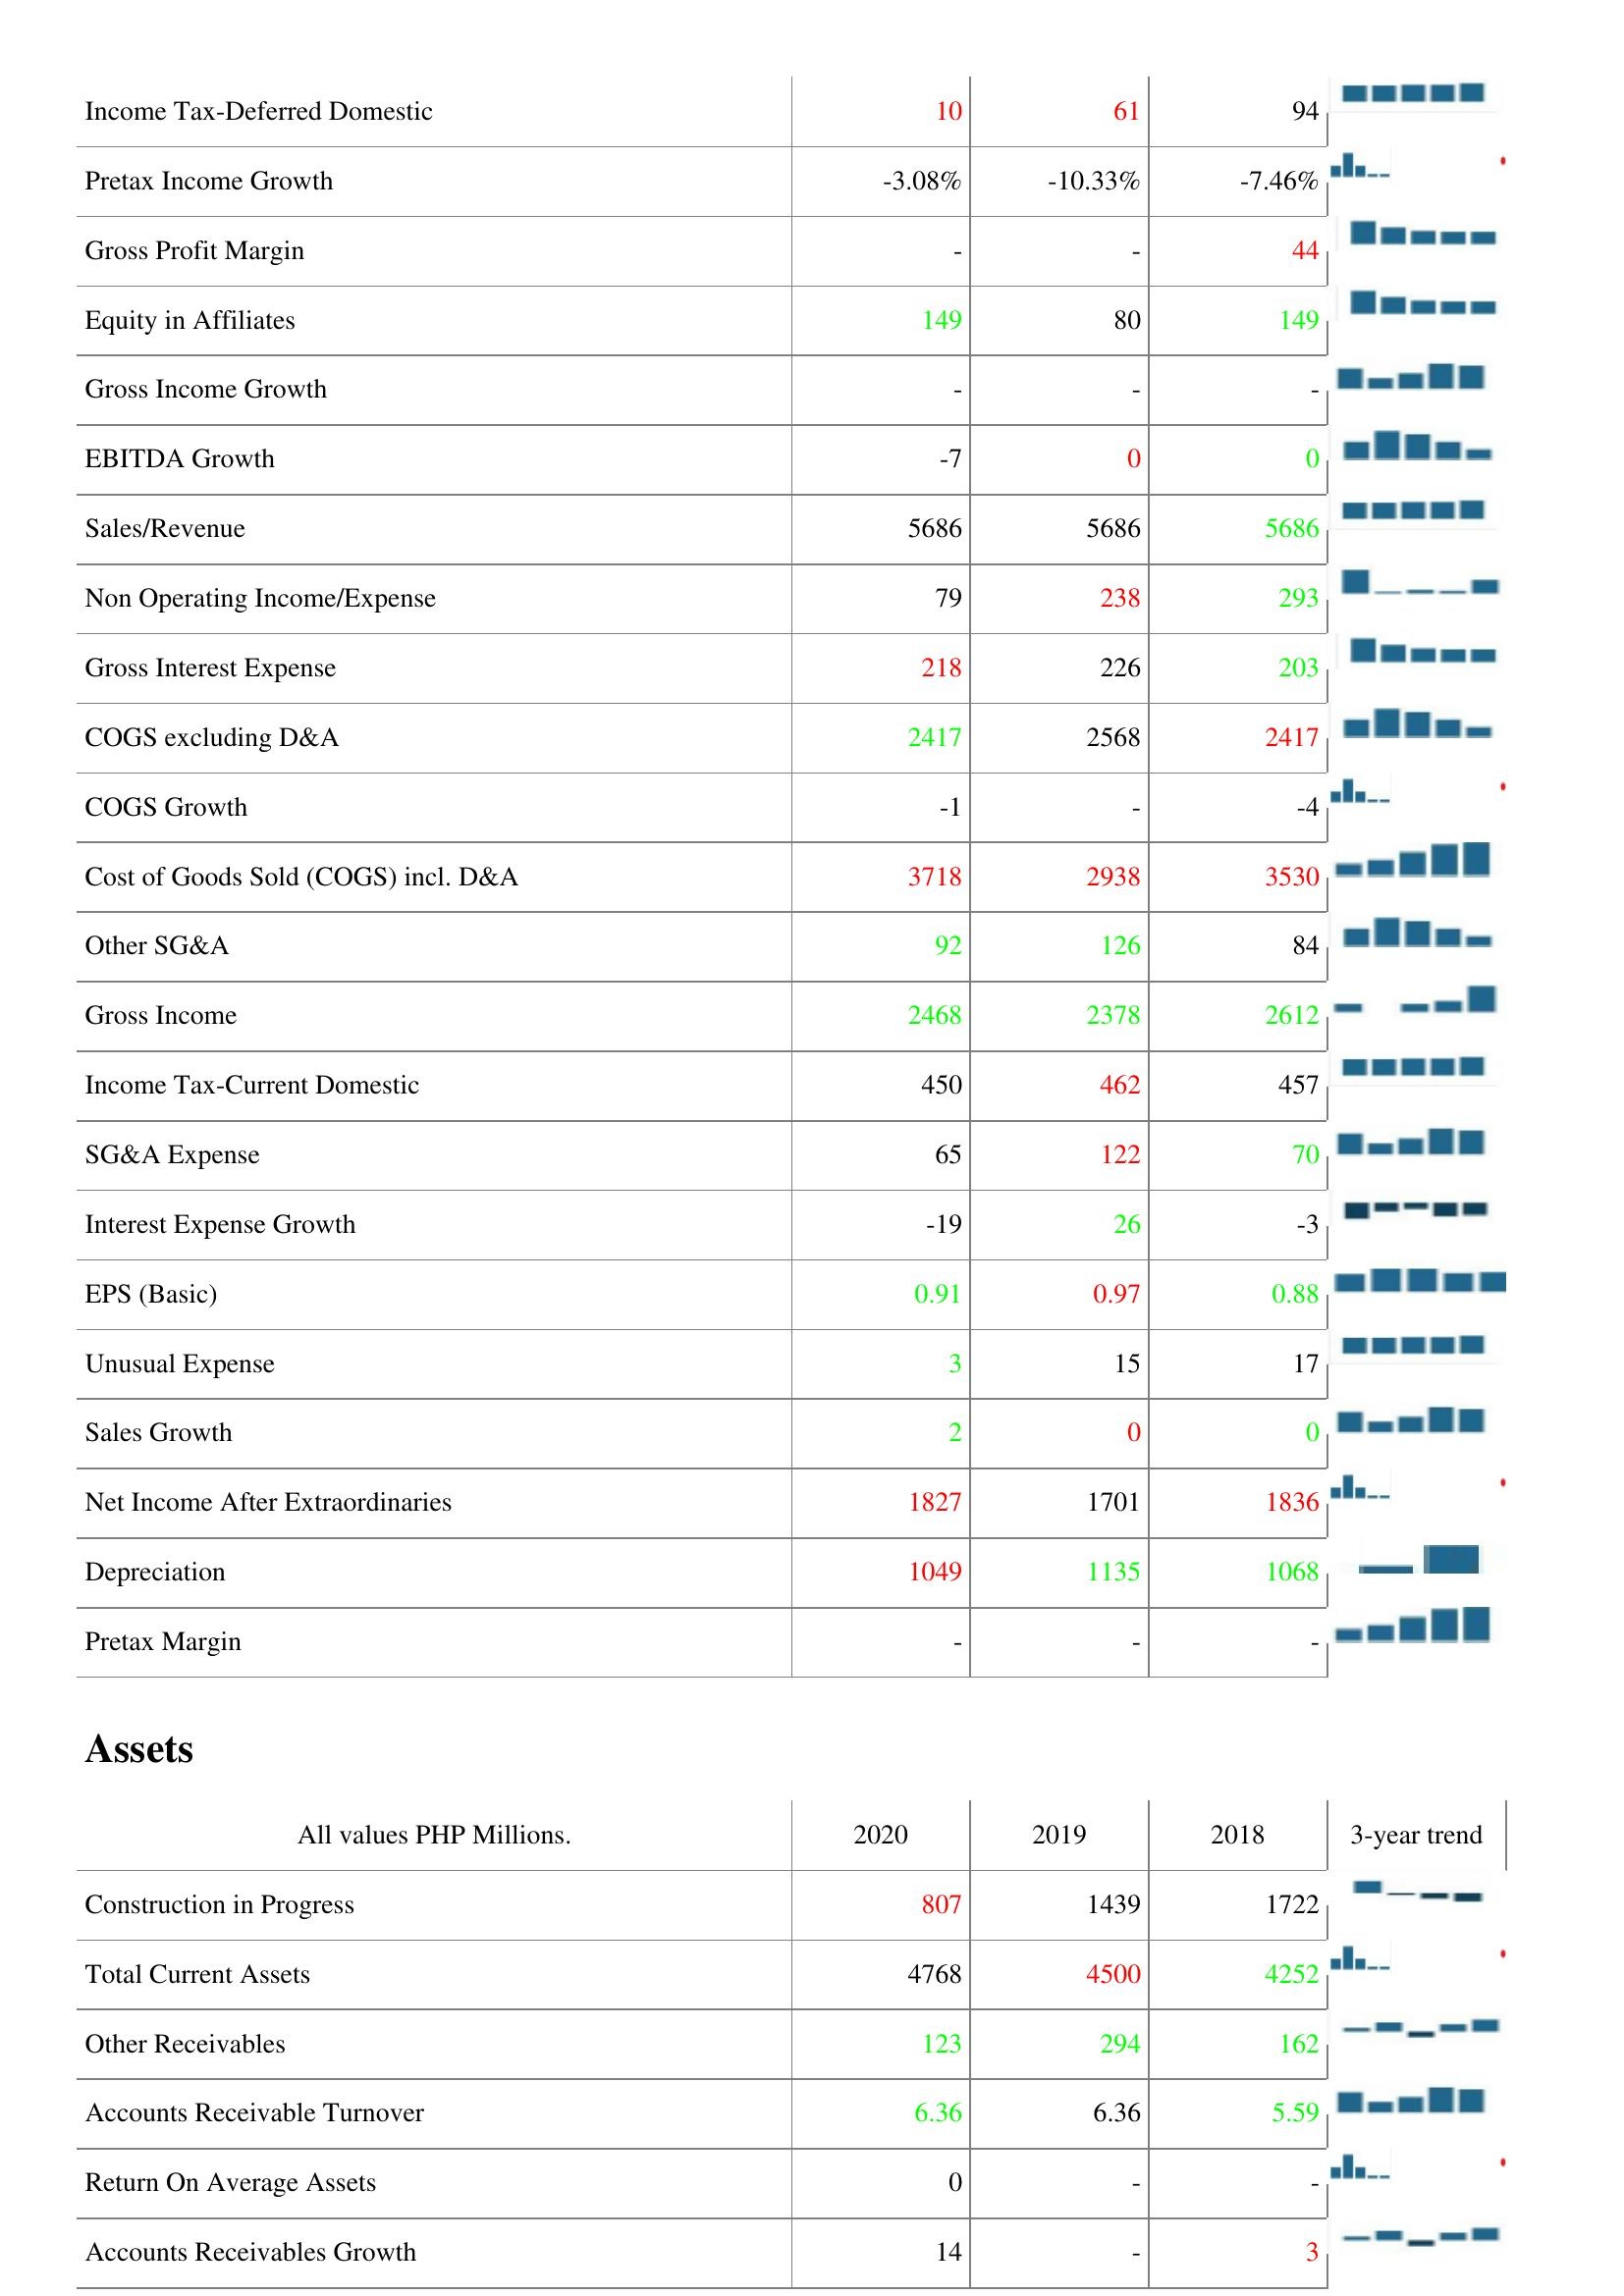
2020: : Income Tax-Deferred Domestic: 10
Pretax Income Growth: -3.08%
Gross Profit Margin: -
Equity in Affiliates: 149
Gross Income Growth: -
EBITDA Growth: -7
Sales/Revenue: 5686
Non Operating Income/Expense: 79
Gross Interest Expense: 218
COGS excluding D&A: 2417
COGS Growth: -1
Cost of Goods Sold (COGS) incl. D&A: 3718
Other SG&A: 92
Gross Income: 2468
Income Tax-Current Domestic: 450
SG&A Expense: 65
Interest Expense Growth: -19
EPS (Basic): 0.91
Unusual Expense: 3
Sales Growth: 2
Net Income After Extraordinaries: 1827
Depreciation: 1049
Pretax Margin: -
Assets: Construction in Progress: 807
Total Current Assets: 4768
Other Receivables: 123
Accounts Receivable Turnover: 6.36
Return On Average Assets: 0
Accounts Receivables Growth: 14
2019: : Income Tax-Deferred Domestic: 61
Pretax Income Growth: -10.33%
Gross Profit Margin: -
Equity in Affiliates: 80
Gross Income Growth: -
EBITDA Growth: 0
Sales/Revenue: 5686
Non Operating Income/Expense: 238
Gross Interest Expense: 226
COGS excluding D&A: 2568
COGS Growth: -
Cost of Goods Sold (COGS) incl. D&A: 2938
Other SG&A: 126
Gross Income: 2378
Income Tax-Current Domestic: 462
SG&A Expense: 122
Interest Expense Growth: 26
EPS (Basic): 0.97
Unusual Expense: 15
Sales Growth: 0
Net Income After Extraordinaries: 1701
Depreciation: 1135
Pretax Margin: -
Assets: Construction in Progress: 1439
Total Current Assets: 4500
Other Receivables: 294
Accounts Receivable Turnover: 6.36
Return On Average Assets: -
Accounts Receivables Growth: -
2018: : Income Tax-Deferred Domestic: 94
Pretax Income Growth: -7.46%
Gross Profit Margin: 44
Equity in Affiliates: 149
Gross Income Growth: -
EBITDA Growth: 0
Sales/Revenue: 5686
Non Operating Income/Expense: 293
Gross Interest Expense: 203
COGS excluding D&A: 2417
COGS Growth: -4
Cost of Goods Sold (COGS) incl. D&A: 3530
Other SG&A: 84
Gross Income: 2612
Income Tax-Current Domestic: 457
SG&A Expense: 70
Interest Expense Growth: -3
EPS (Basic): 0.88
Unusual Expense: 17
Sales Growth: 0
Net Income After Extraordinaries: 1836
Depreciation: 1068
Pretax Margin: -
Assets: Construction in Progress: 1722
Total Current Assets: 4252
Other Receivables: 162
Accounts Receivable Turnover: 5.59
Return On Average Assets: -
Accounts Receivables Growth: 3